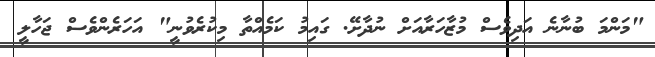
"މަންމަ ބުނާނެ އަދިވެސް މުޒާހަރާއަށް ނުދާށޭ. ގައިމު ކަމެއްތާ މިކުރެވުނީ" އަހަރެންވެސް ޖަހާލީ